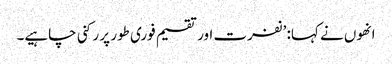
انھوں نے کہا: ’نفرت اور تقسیم فوری طور پر رکنی چاہیے۔